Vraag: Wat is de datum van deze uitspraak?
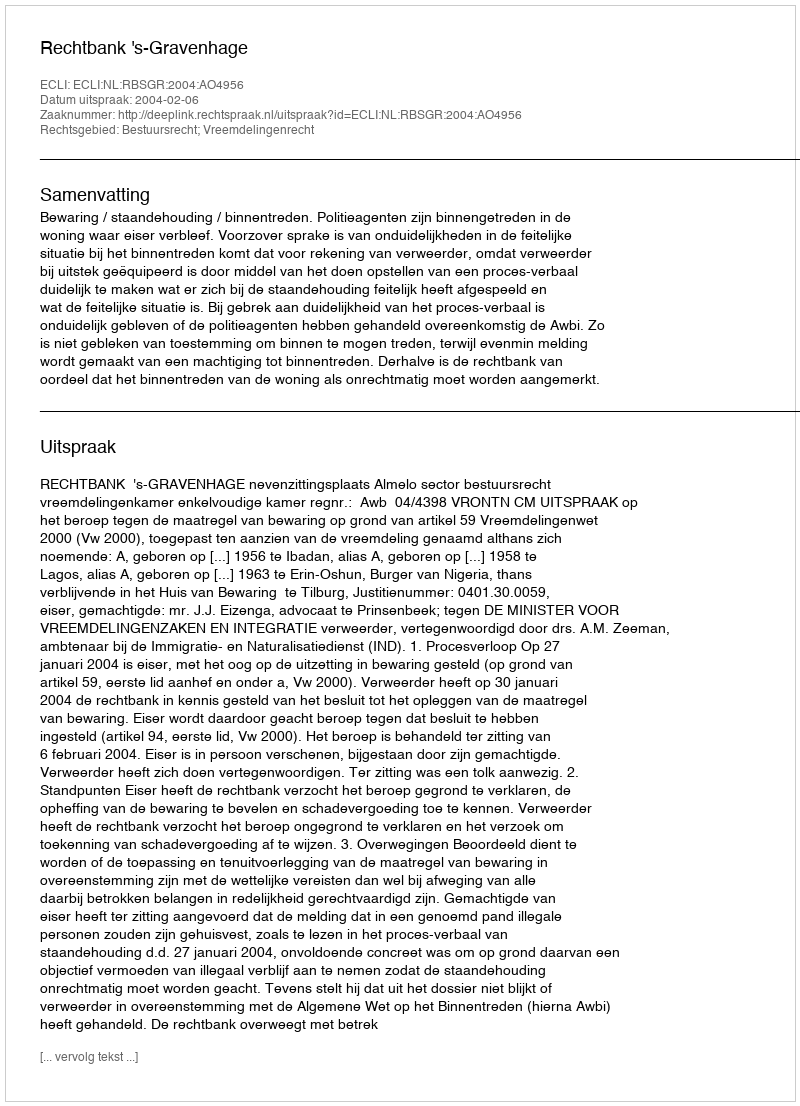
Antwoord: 2004-02-06